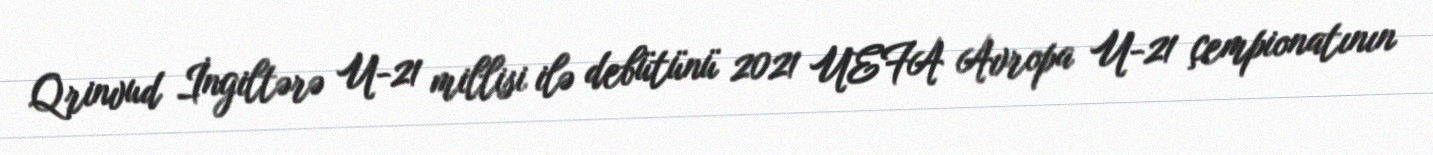
Qrinvud İngiltərə U-21 millisi ilə debütünü 2021 UEFA Avropa U-21 çempionatının